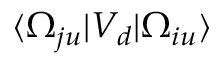
\langle \Omega _ { j u } | V _ { d } | \Omega _ { i u } \rangle